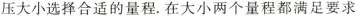
压大小选择合适的量程。在大小两个量程都满足要求时，应选⑧___量程.